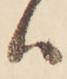
ハ